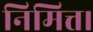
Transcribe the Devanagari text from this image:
निमित्त।